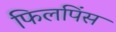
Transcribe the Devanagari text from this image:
फिलपिंस